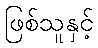
ဖြစ်သူနှင့်